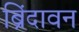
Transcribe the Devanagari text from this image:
ब्रिंदावन